Lunatic asylums Bombay report 1878-1890 - 1878-1890
Year: 1878
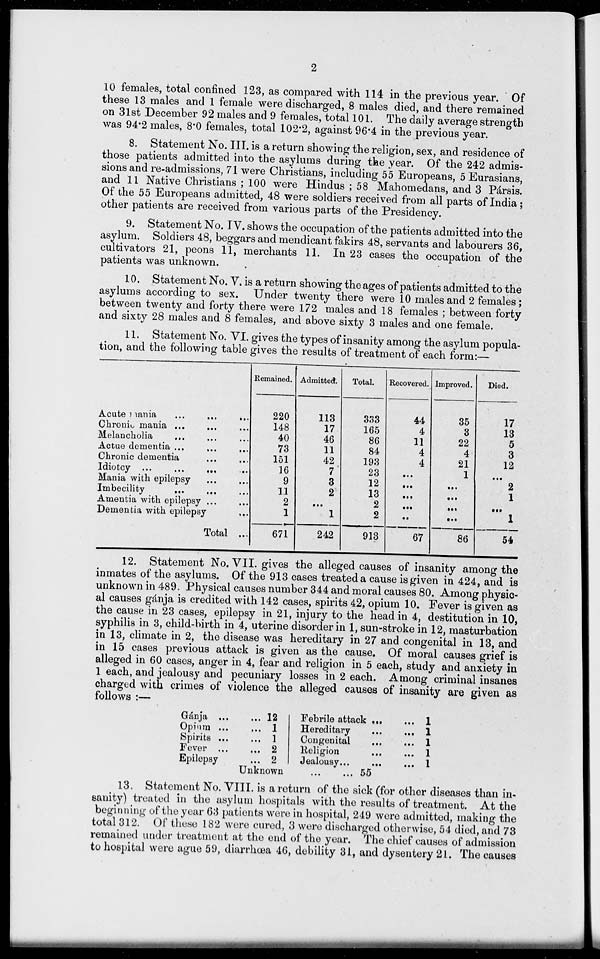
2
10 females, total confined 123, as compared with 114 in the previous year. Of
these 13 males and 1 female were discharged, 8 males died, and there remained
on 31st December 92 males and 9 females, total 101. The daily average strength
was 94.2 males, 8.0 females, total 102.2, against 96.4 in the previous year.
8. Statement No. III. is a return showing the religion, sex, and residence of
those patients admitted into the asylums during the year. Of the 242 admis-
sions and re-admissions, 71 were Christians, including 55 Europeans, 5 Eurasians,
and 11 Native Christians ; 100 were Hindus ; 58 Mahomedans, and 3 Pársis.
Of the 55 Europeans admitted, 48 were soldiers received from all parts of India;
other patients are received from various parts of the Presidency.
9. Statement No. IV. shows the occupation of the patients admitted into the
asylum. Soldiers 48, beggars and mendicant fakirs 48, servants and labourers 36,
cultivators 21, peons 11, merchants 11. In 23 cases the occupation of the
patients was unknown.
10. Statement No. V. is a return showing the ages of patients admitted to the
asylums according to sex. Under twenty there were 10 males and 2 females ;
between twenty and forty there were 172 males and 18 females ; between forty
and sixty 28 males and 8 females, and above sixty 3 males and one female.
11. Statement No. VI. gives the types of insanity among the asylum popula-
tion, and the following table gives the results of treatment of each form:—
Acute mania
...
...
...
Chronic mania ...
... ...
Melancholia
... ... ...
Actue dementia ...
...
...
Chronic dementia ... ...
Idiotcy ...
...
... ...
Mania with epilepsy
...
...
Imbecility
... ... ...
Amentia with epilepsy ... ...
Dementia with epilepsy ...
Total ...
Remained.
220
148
40
73
151
16
9
11
2
1
671
Admitted.
113
17
46
11
42
7
3
2
...
1
242
Total.
333
165
86
84
193
23
12
13
2
2
913
Recovered.
44
4
11
4
4
...
...
...
...
...
67
Improved.
35
3
22
4
21
1
...
...
...
...
86
Died.
17
13
5
3
12
...
2
1
...
1
54
12. Statement No. VII. gives the alleged causes of insanity among the
inmates of the asylums. Of the 913 cases treated a cause is given in 424, and is
unknown in 489. Physical causes number 344 and moral causes 80. Among physic-
al causes gánja is credited with 142 cases, spirits 42, opium 10. Fever is given as
the cause in 23 cases, epilepsy in 21, injury to the head in 4, destitution in 10,
syphilis in 3, child-birth in 4, uterine disorder in 1, sun-stroke in 12, masturbation
in 13, climate in 2, the disease was hereditary in 27 and congenital in 13, and
in 15 cases previous attack is given as the cause. Of moral causes grief is
alleged in 60 cases, anger in 4, fear and religion in 5 each, study and anxiety in
1 each, and jealousy and pecuniary losses in 2 each. Among criminal insanes
charged with crimes of violence the alleged causes of insanity are given as
follows :—
Gánja ... ...
Opium ... ...
Spirits ... ...
Fever ...
...
Epilepsy ...
12
1
1
2
2
Febrile attack ... ...
Hereditary
...
...
Congenital
...
...
Religion ... ...
Jealousy... ... ...
1
1
1
1
1
Unknown
...
...
55
13. Statement No. VIII. is a return of the sick (for other diseases than in-
sanity) treated in the asylum hospitals with the results of treatment. At the
beginning of the year 63 patients were in hospital, 249 were admitted, making the
total 312. Of these 182 were cured, 3 were discharged otherwise, 54 died, and 73
remained under treatment at the end of the year. The chief causes of admission
to hospital were ague 59, diarrhœa 46, debility 31, and dysentery 21. The causes